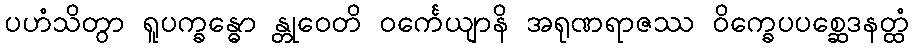
ပဟံသိတွာ ရူပက္ခန္ဓော န္တုဝေတိ ဝင်္ကေယျာနိ အရုဏရာဇဿ ဝိက္ခေပပစ္ဆေဒနတ္ထံ